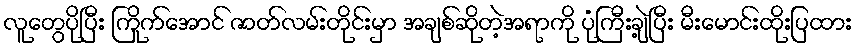
လူတွေပိုပြီး ကြိုက်အောင် ဇာတ်လမ်းတိုင်းမှာ အချစ်ဆိုတဲ့အရာကို ပုံကြီးချဲ့ပြီး မီးမောင်းထိုးပြထား